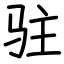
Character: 驻